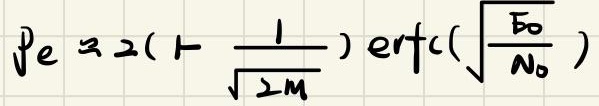
$P_e \approx 2(1 - \frac{1}{\sqrt{2M}}) \text{erfc}(\sqrt{\frac{E_0}{N_0}})$